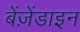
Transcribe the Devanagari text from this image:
बेंज़ेंडाइन